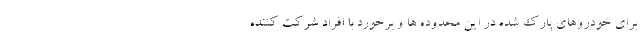
برای خودروهای پارک شده در این محدوده ها و برخورد با افراد شرکت کننده